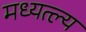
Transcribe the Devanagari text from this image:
मध्यत्ल्य